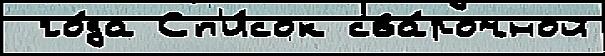
 го́да Сп'и́сок сва́рочной